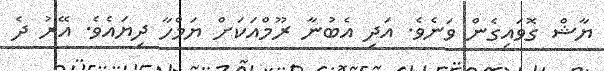
ޔާޝް ގޮވައިގެން ވަނެވެ. އަދި އެބުނާ ރޫމްއަކަށް ޔަމްހާ ދިޔައެވެ. އޭރު ދެ